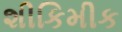
શીકિમીક